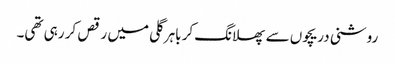
روشنی دریچوں سے پھلانگ کر باہر گلی میں رقص کر رہی تھی۔